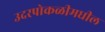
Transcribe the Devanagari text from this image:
उदरपोकळीमधील